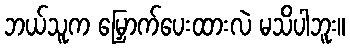
ဘယ်သူက မြှောက်ပေးထားလဲ မသိပါဘူး။